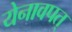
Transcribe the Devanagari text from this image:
येनावपत्